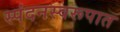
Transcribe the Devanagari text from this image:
स्पंदनस्वरूपात